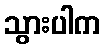
သွားပါက